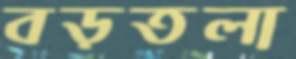
বড়তলা